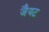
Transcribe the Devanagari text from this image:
जैयट